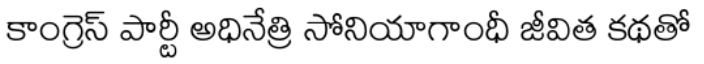
కాంగ్రెస్ పార్టీ అధినేత్రి సోనియాగాంధీ జీవిత కథతో